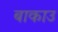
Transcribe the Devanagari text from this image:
बाकाउ